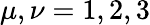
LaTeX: \mu,\nu=1,2,3